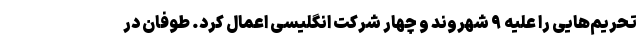
تحریم‌هایی را علیه ۹ شهروند و چهار شرکت انگلیسی اعمال کرد. طوفان در